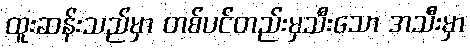
ထူးဆန်းသည်မှာ တစ်ပင်တည်းမှသီးသော အသီးမှာ